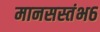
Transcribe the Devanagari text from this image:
मानसस्तंभ६